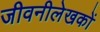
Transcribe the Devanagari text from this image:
जीवनीलेखकों